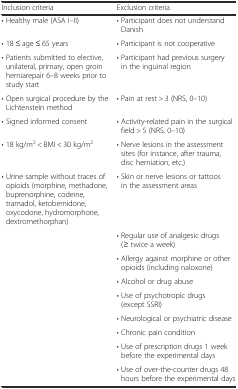
| Inclusion criteria | Exclusion criteria |
 | --- | --- |
 | • Healthy male (ASA I–II) | • Participant does not understand Danish |
 | • 18 ≤ age ≤ 65 years | • Participant is not cooperative |
 | • Patients submitted to elective, unilateral, primary, open groin herniarepair 6–8 weeks prior to study start | • Participant had previous surgery in the inguinal region |
 | • Open surgical procedure by the Lichtenstein method | • Pain at rest > 3 (NRS, 0–10) |
 | • Signed informed consent | • Activity-related pain in the surgical field > 5 (NRS, 0–10) |
 | • 18 kg/m2 < BMI < 30 kg/m2 | • Nerve lesions in the assessment sites (for instance, after trauma, disc herniation, etc.) |
 | • Urine sample without traces of opioids (morphine, methadone, buprenorphine, codeine, tramadol, ketobemidone, oxycodone, hydromorphone, dextromethorphan) | • Skin or nerve lesions or tattoos in the assessment areas |
 |  | • Regular use of analgesic drugs (≥ twice a week) |
 |  | • Allergy against morphine or other opioids (including naloxone) |
 |  | • Alcohol or drug abuse |
 |  | • Use of psychotropic drugs (except SSRI) |
 |  | • Neurological or psychiatric disease |
 |  | • Chronic pain condition |
 |  | • Use of prescription drugs 1 week before the experimental days |
 |  | • Use of over-the-counter drugs 48 hours before the experimental days |